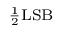
\scriptstyle { \frac { 1 } { 2 } } \mathrm { L S B }